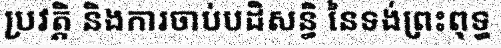
ប្រវត្តិ និងការចាប់បដិសន្ធិ នៃទង់ព្រះពុទ្ធ